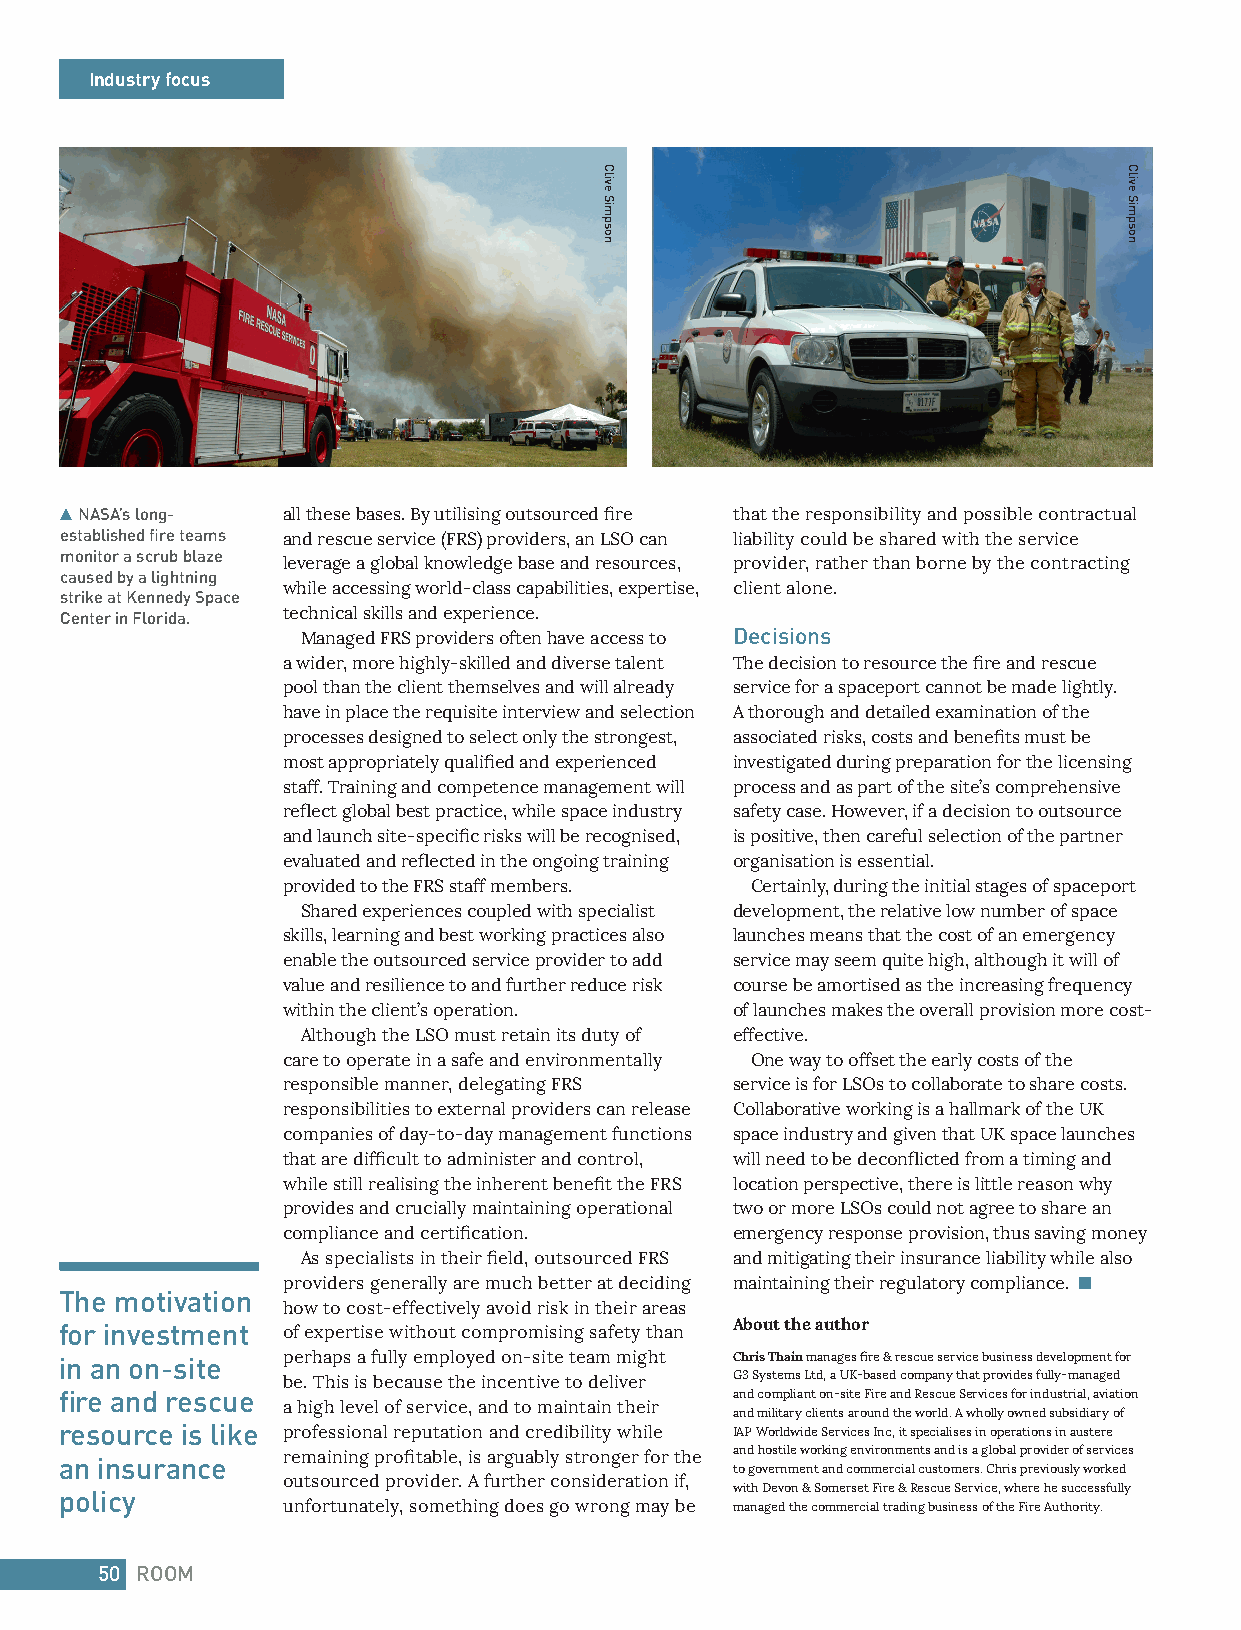
Industry focus
 NASA’s long-  all these bases. By utilising outsourced fire that the responsibility and possible contractual
 established fire teams and rescue service (FRS) providers, an LSO can liability could be shared with the service
 monitor a scrub blaze
 leverage a global knowledge base and resources, provider, rather than borne by the contracting
 caused by a lightning
 while accessing world-class capabilities, expertise, client alone.
 strike at Kennedy Space
 Center in Florida. technical skills and experience.
 Managed FRS providers often have access to Decisions
 a wider, more highly-skilled and diverse talent The decision to resource the fire and rescue
 pool than the client themselves and will already service for a spaceport cannot be made lightly.
 have in place the requisite interview and selection A thorough and detailed examination of the
 processes designed to select only the strongest, associated risks, costs and benefits must be
 most appropriately qualified and experienced investigated during preparation for the licensing
 staff. Training and competence management will process and as part of the site’s comprehensive
 reflect global best practice, while space industry safety case. However, if a decision to outsource
 and launch site-specific risks will be recognised, is positive, then careful selection of the partner
 evaluated and reflected in the ongoing training organisation is essential.
 provided to the FRS staff members. Certainly, during the initial stages of spaceport
 Shared experiences coupled with specialist development, the relative low number of space
 skills, learning and best working practices also launches means that the cost of an emergency
 enable the outsourced service provider to add service may seem quite high, although it will of
 value and resilience to and further reduce risk course be amortised as the increasing frequency
 within the client’s operation. of launches makes the overall provision more cost-
 Although the LSO must retain its duty of effective.
 care to operate in a safe and environmentally One way to offset the early costs of the
 responsible manner, delegating FRS service is for LSOs to collaborate to share costs.
 responsibilities to external providers can release Collaborative working is a hallmark of the UK
 companies of day-to-day management functions space industry and given that UK space launches
 that are difficult to administer and control, will need to be deconflicted from a timing and
 while still realising the inherent benefit the FRS location perspective, there is little reason why
 provides and crucially maintaining operational two or more LSOs could not agree to share an
 compliance and certification. emergency response provision, thus saving money
 As specialists in their field, outsourced FRS and mitigating their insurance liability while also
 providers generally are much better at deciding maintaining their regulatory compliance.
 The motivation
 how to cost-effectively avoid risk in their areas
 for investment of expertise without compromising safety than About the author
 in an on-site  perhaps a fully employed on-site team might Chris Thain manages fire & rescue service business development for
 be. This is because the incentive to deliver G3 Systems Ltd, a UK-based company that provides fully-managed
 fire and rescue                             and compliant on-site Fire and Rescue Services for industrial, aviation
 a high level of service, and to maintain their
 and military clients around the world. A wholly owned subsidiary of
 resource is like professional reputation and credibility while IAP Worldwide Services Inc, it specialises in operations in austere
 remaining profitable, is arguably stronger for the and hostile working environments and is a global provider of services
 an insurance
 to government and commercial customers. Chris previously worked
 outsourced provider. A further consideration if,
 with Devon & Somerset Fire & Rescue Service, where he successfully
 policy
 unfortunately, something does go wrong may be managed the commercial trading business of the Fire Authority.
 50 ROOM
 Clive
 Simpson
 Clive
 Simpson